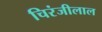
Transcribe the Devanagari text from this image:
चिरंजीलाल